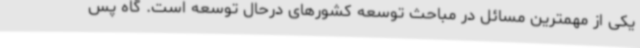
یکی از مهمترین مسائل در مباحث توسعه کشورهای درحال توسعه است. گاه پس